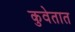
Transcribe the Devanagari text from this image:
कुवेतात